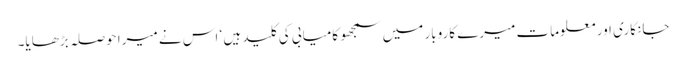
جانکاری اور معلومات میرے کاروبار میں سمجھو کامیابی کی کلید ہیں ‘ اس نے میرا حوصلہ بڑھایا۔